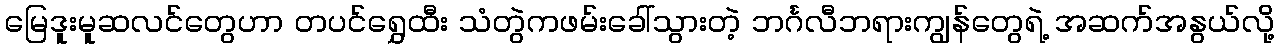
မြေဒူးမူဆလင်တွေဟာ တပင်ရွှေထီး သံတွဲကဖမ်းခေါ်သွားတဲ့ ဘင်္ဂလီဘရားကျွန်တွေရဲ့ အဆက်အနွယ်လို့